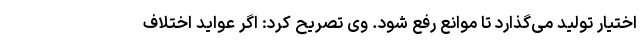
اختیار تولید می‌گذارد تا موانع رفع شود. وی تصریح کرد: اگر عواید اختلاف